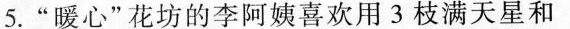
5.”暖心”花坊的李阿姨喜欢用3枝满天星和